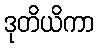
ဒုတိယိကာ